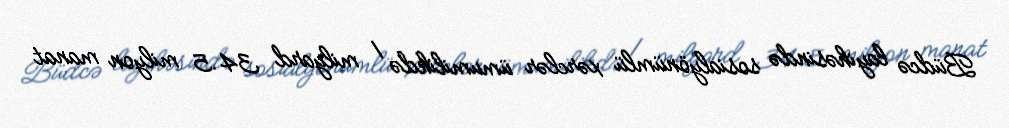
Büdcə layihəsində sosialyönümlü xərclər ümumilikdə 1 milyard 34.5 milyon manat